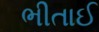
ભીતાઈ